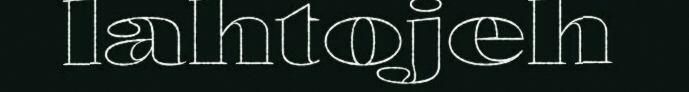
lahtojeh